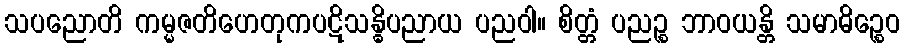
သပညောတိ ကမ္မဇတိဟေတုကပဋိသန္ဓိပညာယ ပညဝါ။ စိတ္တံ ပညဉ္စ ဘာဝယန္တိ သမာဓိဉ္စေဝ